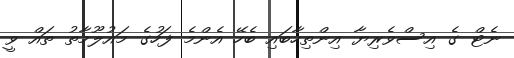
ނެޓް ގެ އިސްވެރިޔާ އިންތިހާބައި ބެހޭ އެންމެ ފަހުގެ މައުލޫމާތު ތައް ވީ